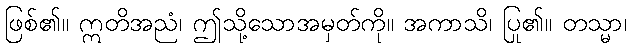
ဖြစ်၏။ ဣတိအညံ၊ ဤသို့သောအမှတ်ကို။ အကာသိ၊ ပြု၏။ တသ္မာ၊